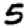
Digit: 5